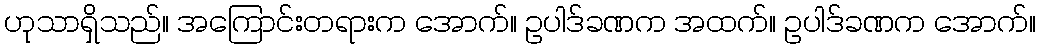
ဟုသာရှိသည်။ အကြောင်းတရားက အောက်။ ဥပါဒ်ခဏက အထက်။ ဥပါဒ်ခဏက အောက်။